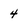
Character: 4